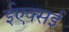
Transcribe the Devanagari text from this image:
ईएक्सई